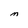
Character: M